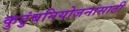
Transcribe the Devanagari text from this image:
कुटुंबनियोजनासाठी